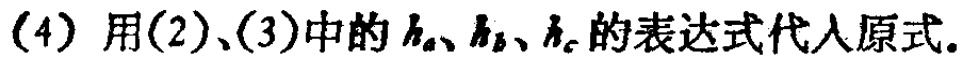
(4) 用(2)、(3)中的\(h_{a}\)、\(h_{b}\)、\(h_{c}\)的表达式代入原式。